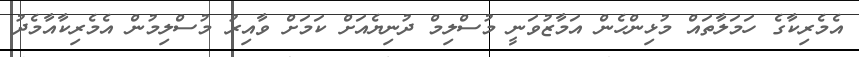
އެމެރިކާގެ ހަމަލާތައް މުޅިންހެން އަމާޒުވަނީ މުސްލިމް ދުނިޔެއަށް ކަމަށް ވާއިރު މުސްލިމުން އެމެރިކާއާމެދު